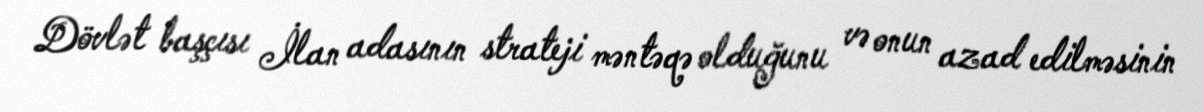
Dövlət başçısı İlan adasının strateji məntəqə olduğunu və onun azad edilməsinin